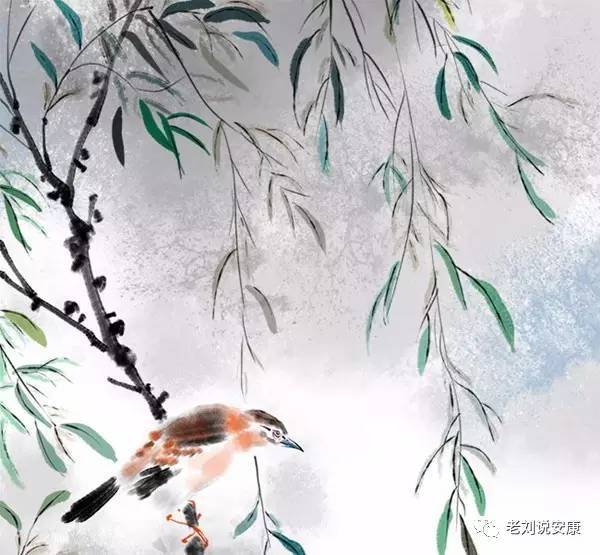
多情却被无情恼。